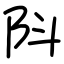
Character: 阧